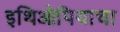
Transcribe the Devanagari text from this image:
इथिओपियाचा